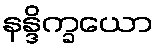
နန္ဒိက္ခယော